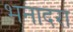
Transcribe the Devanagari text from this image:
भनादरा